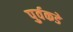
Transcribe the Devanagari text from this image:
पुर्वकडे